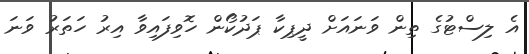
އެ ލިސްޓުގެ ތިން ވަނައަށް ދީޕިކާ ޕަދުކޯން ހޮވިފައިވާ އިރު ހަތަރު ވަނަ